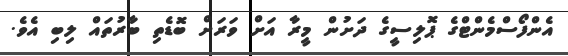
އެންފޯސްމެންޓްގެ ޕޮލިސީގެ ދަށުން މީރާ އަށް ވަރަށް ބޮޑެތި ބާރުތައް ލިބި އެވެ.